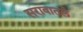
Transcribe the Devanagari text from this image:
सरावातले